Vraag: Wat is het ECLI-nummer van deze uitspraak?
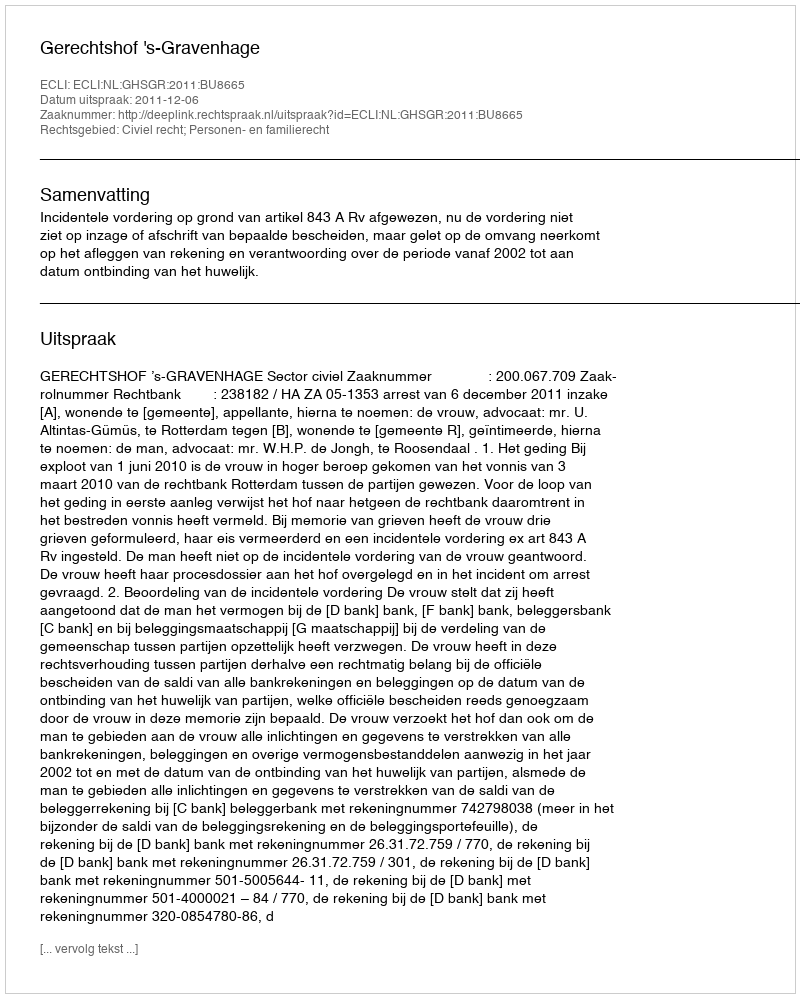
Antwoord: ECLI:NL:GHSGR:2011:BU8665